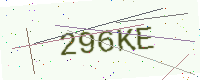
Text: 296KE